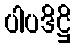
ပါပဒိဋ္ဌိ